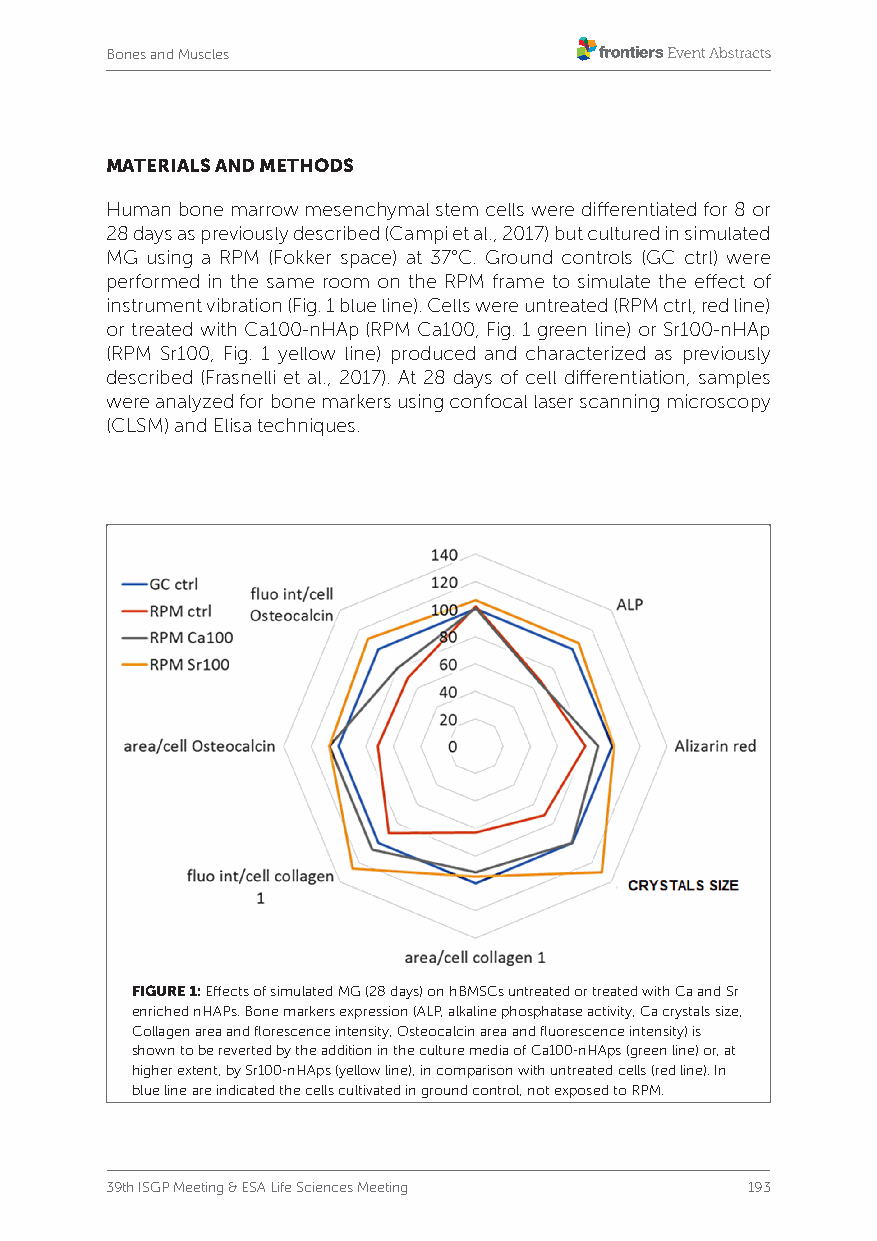
Bones and Muscles
 MATERIALS AND METHODS
 Human bone marrow mesenchymal stem cells were differentiated for 8 or
 28 days as previously described (Campi et al., 2017) but cultured in simulated
 MG using a RPM (Fokker space) at 37°C. Ground controls (GC ctrl) were
 performed in the same room on the RPM frame to simulate the effect of
 instrument vibration (Fig. 1 blue line). Cells were untreated (RPM ctrl, red line)
 or treated with Ca100-nHAp (RPM Ca100, Fig. 1 green line) or Sr100-nHAp
 (RPM Sr100, Fig. 1 yellow line) produced and characterized as previously
 described (Frasnelli et al., 2017). At 28 days of cell differentiation, samples
 were analyzed for bone markers using confocal laser scanning microscopy
 (CLSM) and Elisa techniques.
 FIGURE 1: Effects of simulated MG (28 days) on hBMSCs untreated or treated with Ca and Sr
 enriched nHAPs. Bone markers expression (ALP, alkaline phosphatase activity, Ca crystals size,
 Collagen area and florescence intensity, Osteocalcin area and fluorescence intensity) is
 shown to be reverted by the addition in the culture media of Ca100-nHAps (green line) or, at
 higher extent, by Sr100-nHAps (yellow line), in comparison with untreated cells (red line). In
 blue line are indicated the cells cultivated in ground control, not exposed to RPM.
 39th ISGP Meeting & ESA Life Sciences Meeting 193